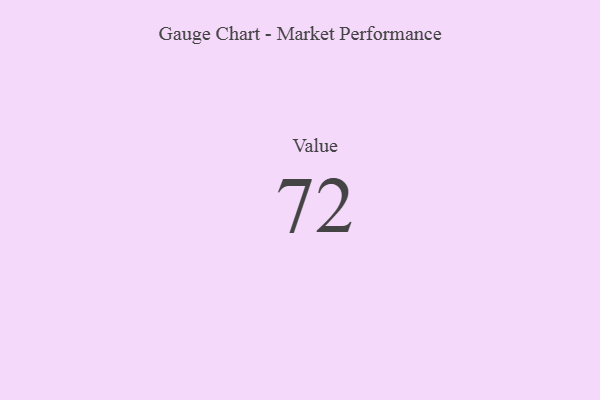
{"axis": {"x": "Metric", "y": "Value"}, "legend": [""], "data": [{"x": "Value", "y": 72, "type": ""}]}